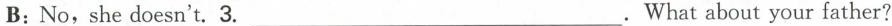
B:No,she doesn't.3.___.What about your father?